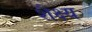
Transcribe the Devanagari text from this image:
शैक्ष्य